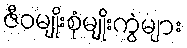
ဇီဝမျိုးစုံမျိုးကွဲများ